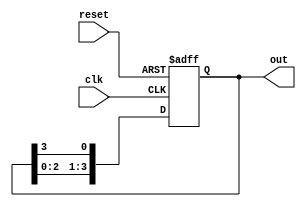
module ring_counter #(parameter N = 4) (
    input wire clk,         // Clock input
    input wire reset,       // Asynchronous reset
    output reg [N-1:0] out  // Output state
);

    // Initial state setting
    initial begin
        out = 1'b1; // Start with only the first flip-flop set
    end

    always @(posedge clk or posedge reset) begin
        if (reset) begin
            out <= 1'b1; // Reset to initial state (only one '1' at the start)
        end else begin
            out <= {out[N-2:0], out[N-1]}; // Shift left, the last bit goes back to the first position
        end
    end
endmodule